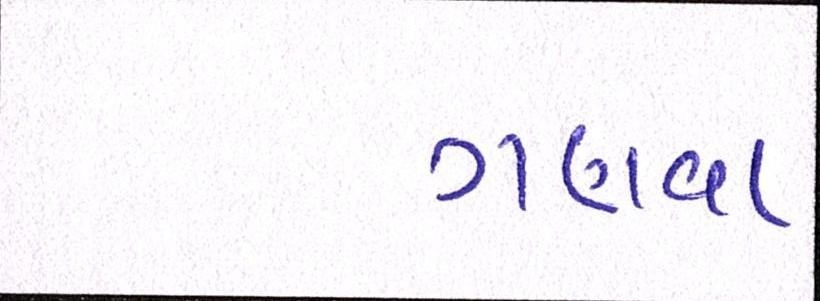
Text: ગણવા